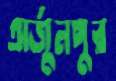
অর্জুনপুর